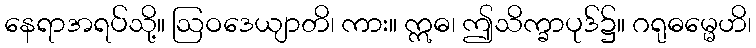
နေရာအရပ်သို့။ ဩဝဒေယျာတိ၊ ကား။ ဣဓ၊ ဤသိက္ခာပုဒ်၌။ ဂရုဓမ္မေဟိ၊